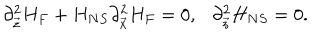
\partial _ { \vec { z } } ^ { 2 } H _ { F } + H _ { N S } \partial _ { \vec { x } } ^ { 2 } H _ { F } = 0 , \ \ \ \partial _ { \vec { z } } ^ { 2 } H _ { N S } = 0 .